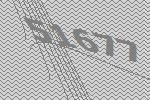
51677